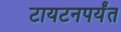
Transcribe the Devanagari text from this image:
टायटनपर्यंत